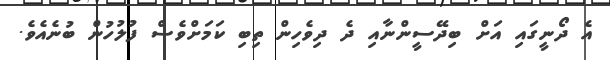
އެ ދޯނީގައި އަށް ބިދޭސީންނާއި ދެ ދިވެހިން ތިބި ކަމަށްވެސް ފުލުހުން ބުނެއެވެ.